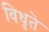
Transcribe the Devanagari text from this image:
विधृते